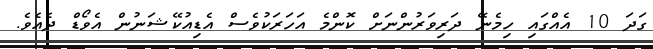
ގަދަ 10 އެއްގައި ހިމެނޭ ދަރިވަރުންނަށް ކޮންމެ އަހަރަކުވެސް އެޑިއުކޭޝަނުން އެވޯޑް ދެއެވެ.